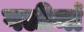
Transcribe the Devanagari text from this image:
गलीमां